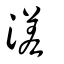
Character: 溠